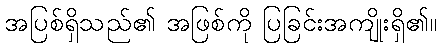
အပြစ်ရှိသည်၏ အဖြစ်ကို ပြခြင်းအကျိုးရှိ၏။